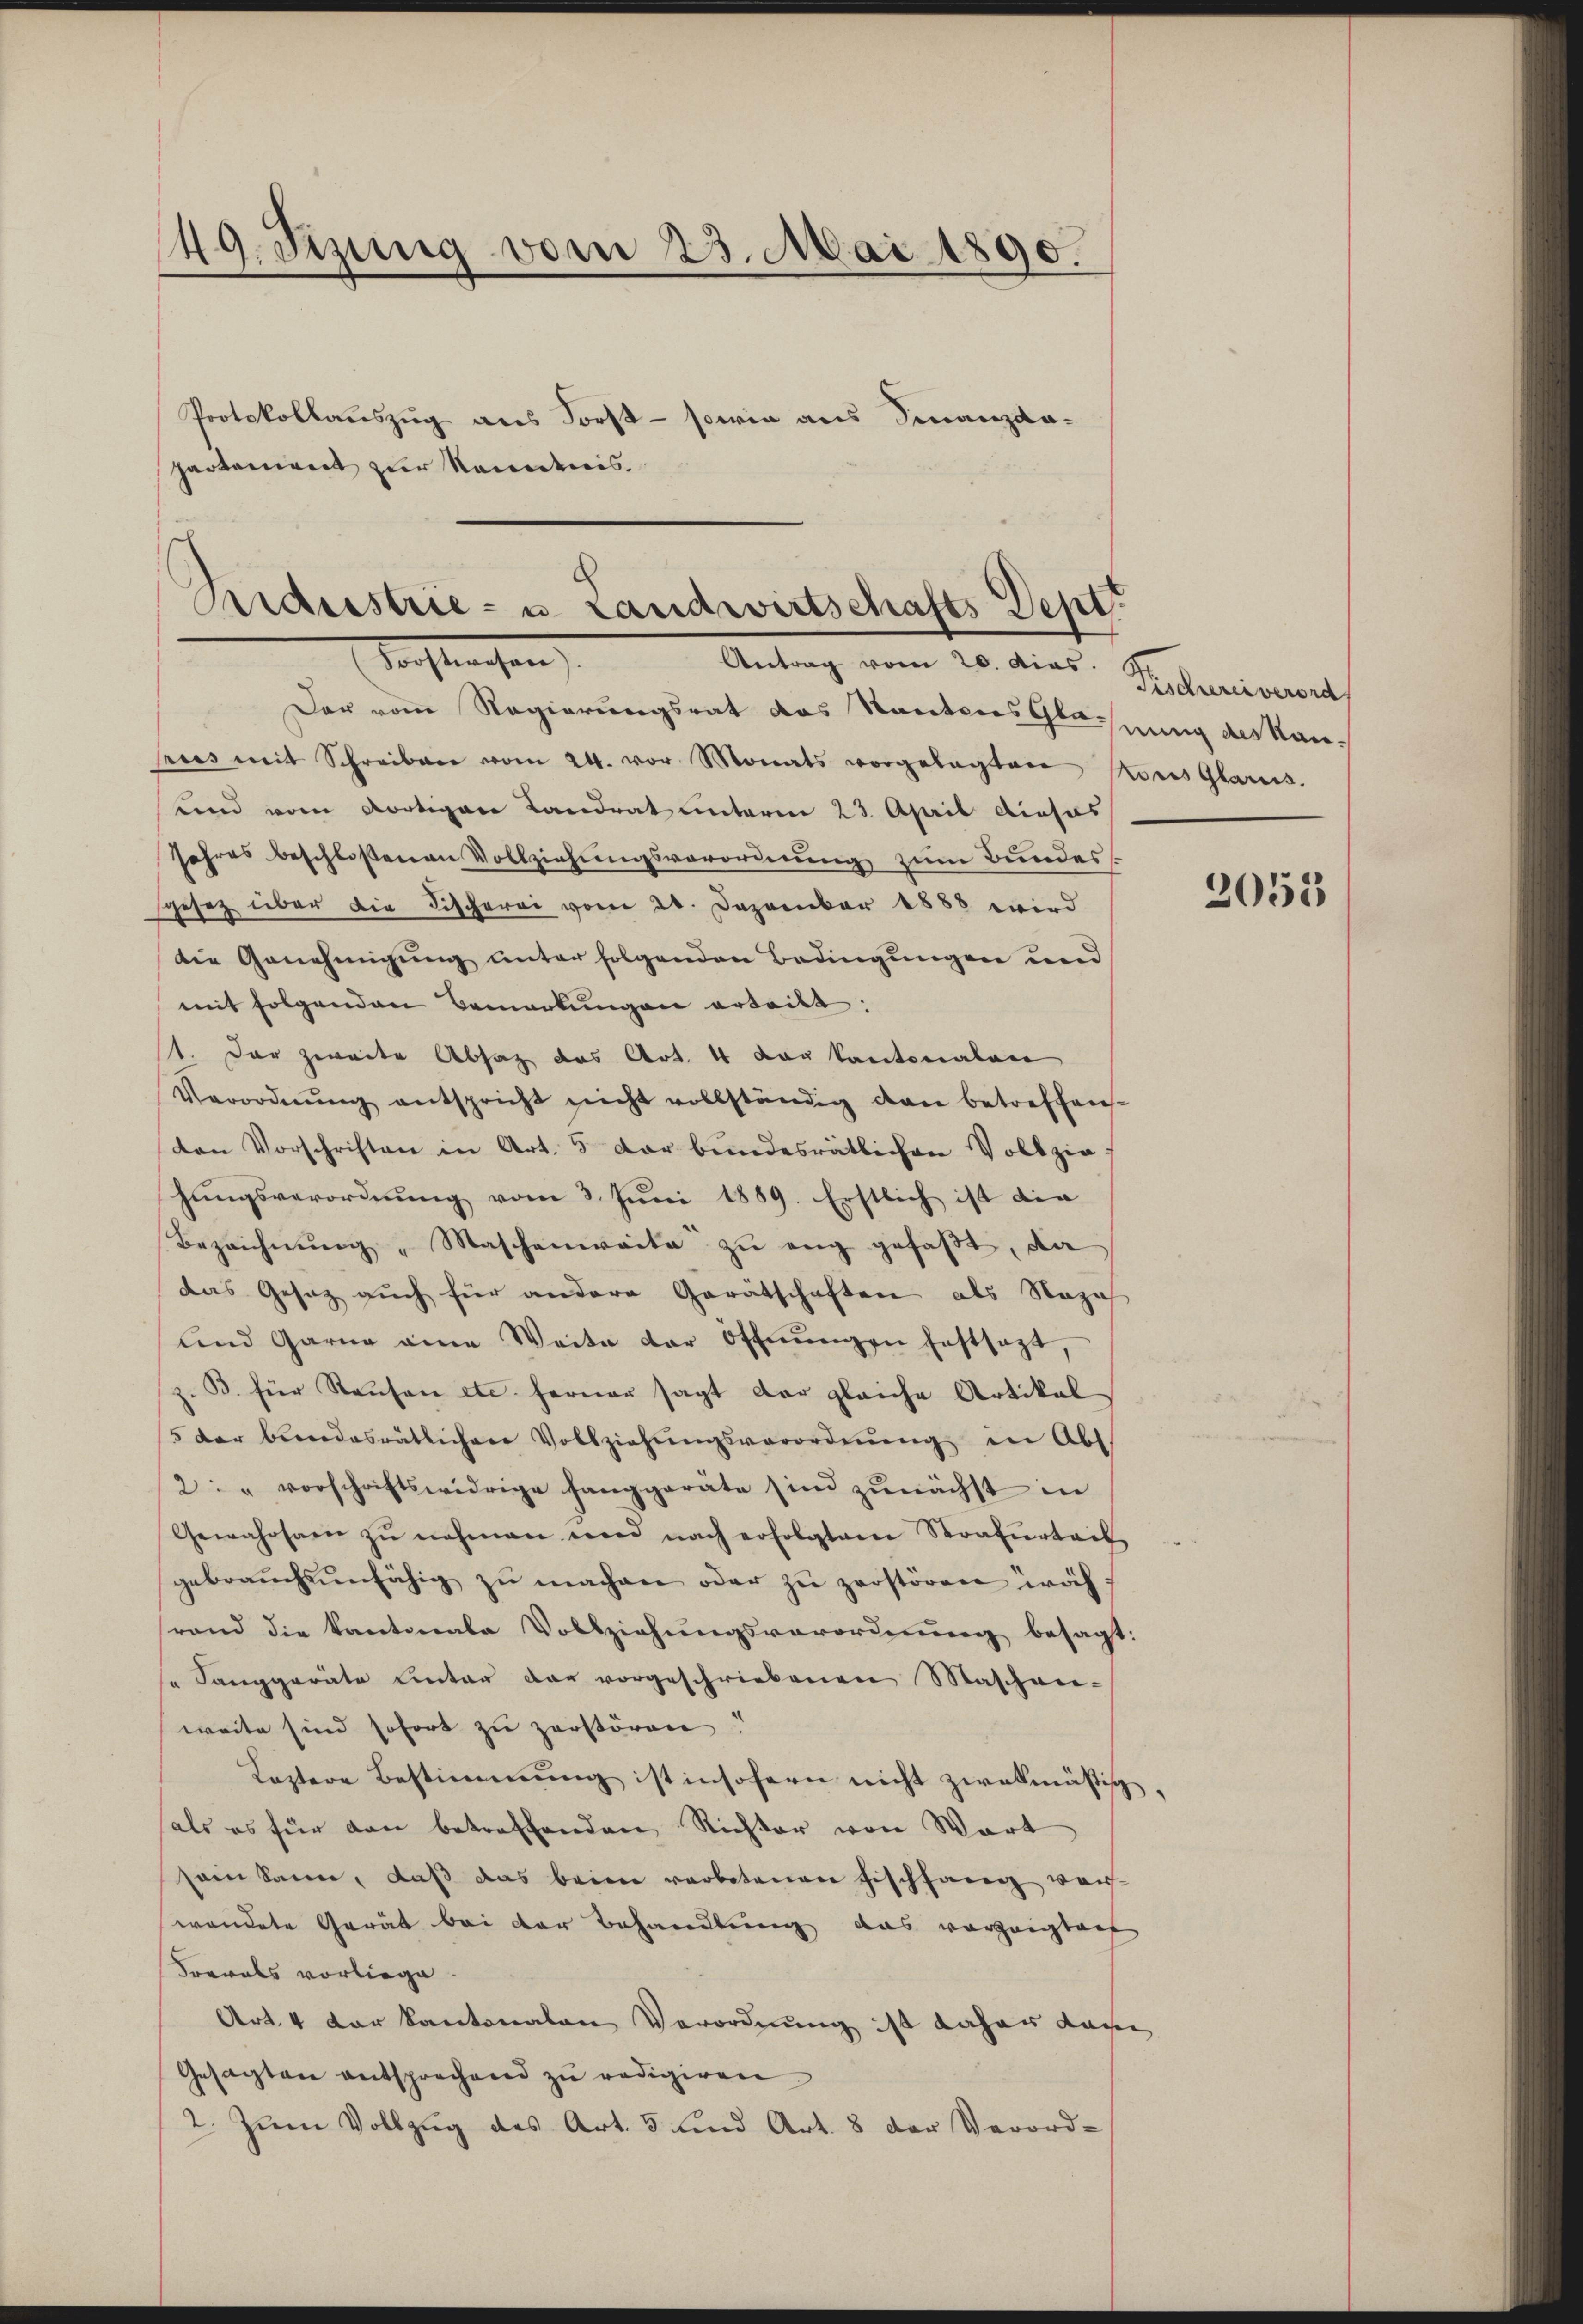
49. Jezung vom 23. Mai 1890.
Protokollauszug aus Forst - sowie aus Finanzda-
parteniret zur Kenntnis

Bidestrie- u. Landwirtschafts Dept.
Vorstrachen,
Antrag vom 10. Meiner Seckeniment

Das vom Regierungsrat das Kantons Glassung des Kanpries mit Schreiben vom 24. vor Monats vorgelegten Kons Glarus.
und vom dortigen Landrat unterm 23. April dieses
Jahres beschloßenen Vollziehungsverordnung zum Bundesgesetz über die Fischerei vom 20. Dezember 1888 wird
Die Genehmigung unter folgenden Bedingungen und
mit folgenden Bemerkungen erteilt:
1. Der zweite Absatz das Art. 4 der Kantonalen
Verordnŭng entspricht nicht vollständig dan betreffen-
den Vorschriften in Art. 5 der bundesrätlichen Vollzie
hungsverordnung vom 3. Juni 1889. Erstlich ist die
Bezeichnŭng " Maschenweite zu eng gefaßt, da
das Gesetz auch für andere Gerätschaften als Nazah
und Garne eine Weite der öffnŭngen festsezt,
B. für Rausen etc. ferner sagt der gleiche Artikal
5 der bindesrätlichen Vollziehŭngsverordnŭng in Abs
2: " vorschriftswidrige hanggeräte sind zŭnächst in
Gewahrsam zŭ nehmen wird nach erfolgtem Strafŭrtail
gebrauchsunfähig zŭ machen oder zŭ zerstören woch
rand die Kantonale Vollziehungsverordnung besagt:
" Sanggeräte unter dar vorgeschriebenen Maschen-
weite sind sofort zu zerstören!
Kostere Bestimmung ist insofern nicht zwekmäßig
als es für dann betreffenden Richter von Wort
sem kann, daß das beim verbetenen Fischfang ver-
wendete Gerät bei der Behandlung das vorzeigtauf
Sreals vorliege.
Art. 4 der kantonalen Verordnung ist daher dami
Gesagten entsprechend zu redigiren
2. Zum Vollzug des Art. 5 und Art. 8 der Verord-

2055